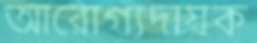
আরোগ্যদায়ক